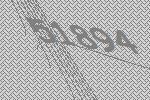
51894